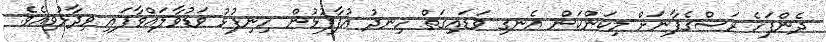
ދެންފަހެ ރަސްގެފާނަށް މިކަންކަން އެނގި ވަޑައިގަތް ހިނދު އުފާފުޅުން ހިނިފުޅު ވަޑުވާލައްވާފައި ވިދާޅުވިއެވެ.